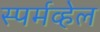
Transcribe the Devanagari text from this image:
स्पर्मव्हेल